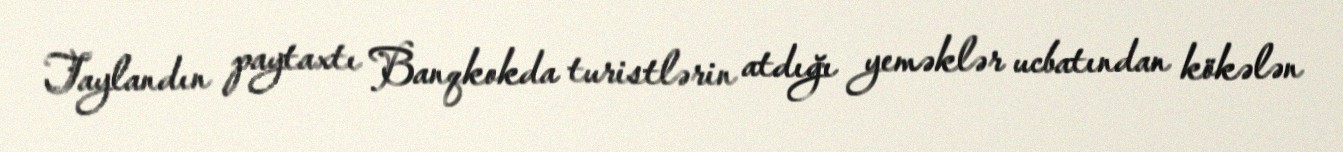
Taylandın paytaxtı Banqkokda turistlərin atdığı yeməklər ucbatından kökələn